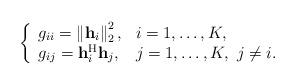
LaTeX: \begin{align*}\left\lbrace\begin{array}{ll}g_{ii} = \left\|\mathbf{h}_i \right\|^2_2, & i = 1, \ldots, K, \\g_{ij} = \mathbf{h}_i^{\mathrm{H}} \mathbf{h}_j, & j = 1, \ldots, K, \,\, j \neq i.\end{array}\right.\end{align*}